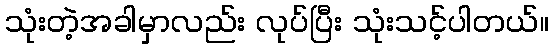
သုံးတဲ့အခါမှာလည်း လုပ်ပြီး သုံးသင့်ပါတယ်။